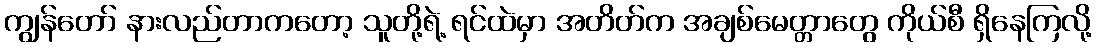
ကျွန်တော် နားလည်တာကတော့ သူတို့ရဲ့ ရင်ထဲမှာ အတိတ်က အချစ်မေတ္တာတွေ ကိုယ်စီ ရှိနေကြလို့